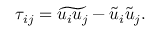
\begin{array} { r } { \tau _ { i j } = \widetilde { u _ { i } u _ { j } } - \tilde { u } _ { i } \tilde { u } _ { j } . } \end{array}